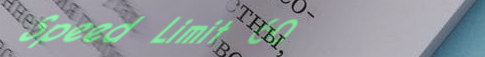
Speed Limit 60